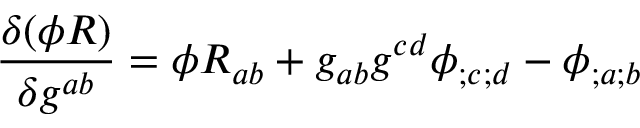
{ \frac { \delta ( \phi R ) } { \delta g ^ { a b } } } = \phi R _ { a b } + g _ { a b } g ^ { c d } \phi _ { ; c ; d } - \phi _ { ; a ; b }